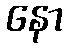
နော